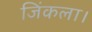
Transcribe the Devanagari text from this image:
जिंकला।